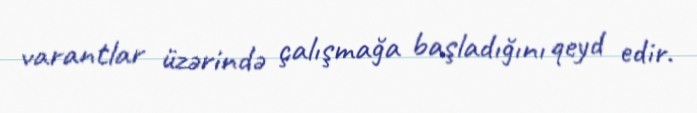
varantlar üzərində çalışmağa başladığını qeyd edir.